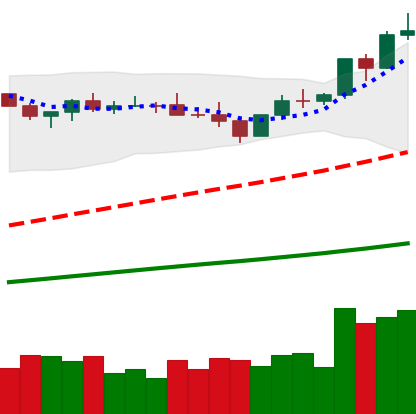
Ticker: BNB-USD
Chart end date: 2021-04-02
Forward return: 10.516%
Label: up_7plus